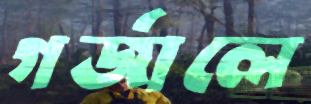
গর্‌জালে